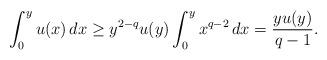
LaTeX: \begin{align*}\int_0^y u(x)\,dx\ge y^{2-q}u(y)\int_0^yx^{q-2}\,dx=\frac{yu(y)}{q-1}.\end{align*}